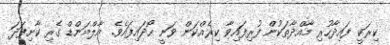
ކިރަކީ ފައިދާހުރި މާއްދާތަކުން ފުރިފައިވާ ކިރެއްކަން ވަނީ ހޯދައިފައެވެ. އާލްމަންޑް ގެރި ކާށިފަދަ